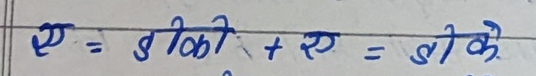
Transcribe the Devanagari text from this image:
ए = डीकी + ए = डीके